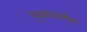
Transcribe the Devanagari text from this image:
गुंफांमधील